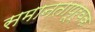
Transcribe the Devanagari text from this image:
समानतापूर्वक